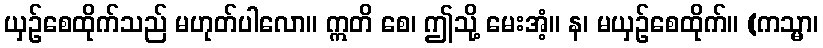
ယှဉ်စေထိုက်သည် မဟုတ်ပါလော။ ဣတိ စေ၊ ဤသို့ မေးအံ့။ န၊ မယှဉ်စေထိုက်။ (ကသ္မာ၊